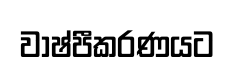
වාෂ්පීකරණයට